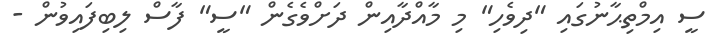
ސީ އިމްތިޙާނުގައި "ދިވެހި" މި މާއްދާއިން ދަށްވެގެން "ސީ" ފާސް ލިބިފައިވުން -